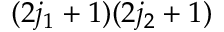
( 2 j _ { 1 } + 1 ) ( 2 j _ { 2 } + 1 )